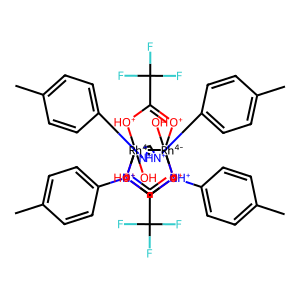
SMILES: Cc1ccc([N+]2=C[NH+](c3ccc(C)cc3)[Rh-4]345(O)[O+]=C(C(F)(F)F)[OH+][Rh-4]23(O)([OH+]C(C(F)(F)F)=[O+]4)[N+](c2ccc(C)cc2)=C[NH+]5c2ccc(C)cc2)cc1
Inhibits HIV replication: No